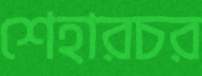
শেহারচর